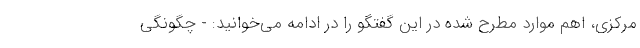
مرکزی، اهم موارد مطرح شده در این گفتگو را در ادامه می‌خوانید: - چگونگی